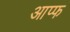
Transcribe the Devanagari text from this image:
आप्फ